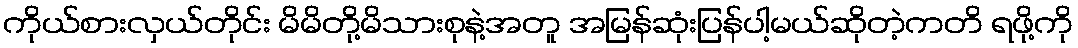
ကိုယ်စားလှယ်တိုင်း မိမိတို့မိသားစုနဲ့အတူ အမြန်ဆုံးပြန်ပါ့မယ်ဆိုတဲ့ကတိ ရဖို့ကို